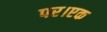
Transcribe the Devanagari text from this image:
पर।एक